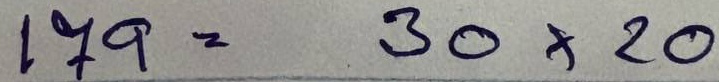
179 = 30 x 20